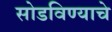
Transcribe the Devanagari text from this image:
सोडविण्याचे